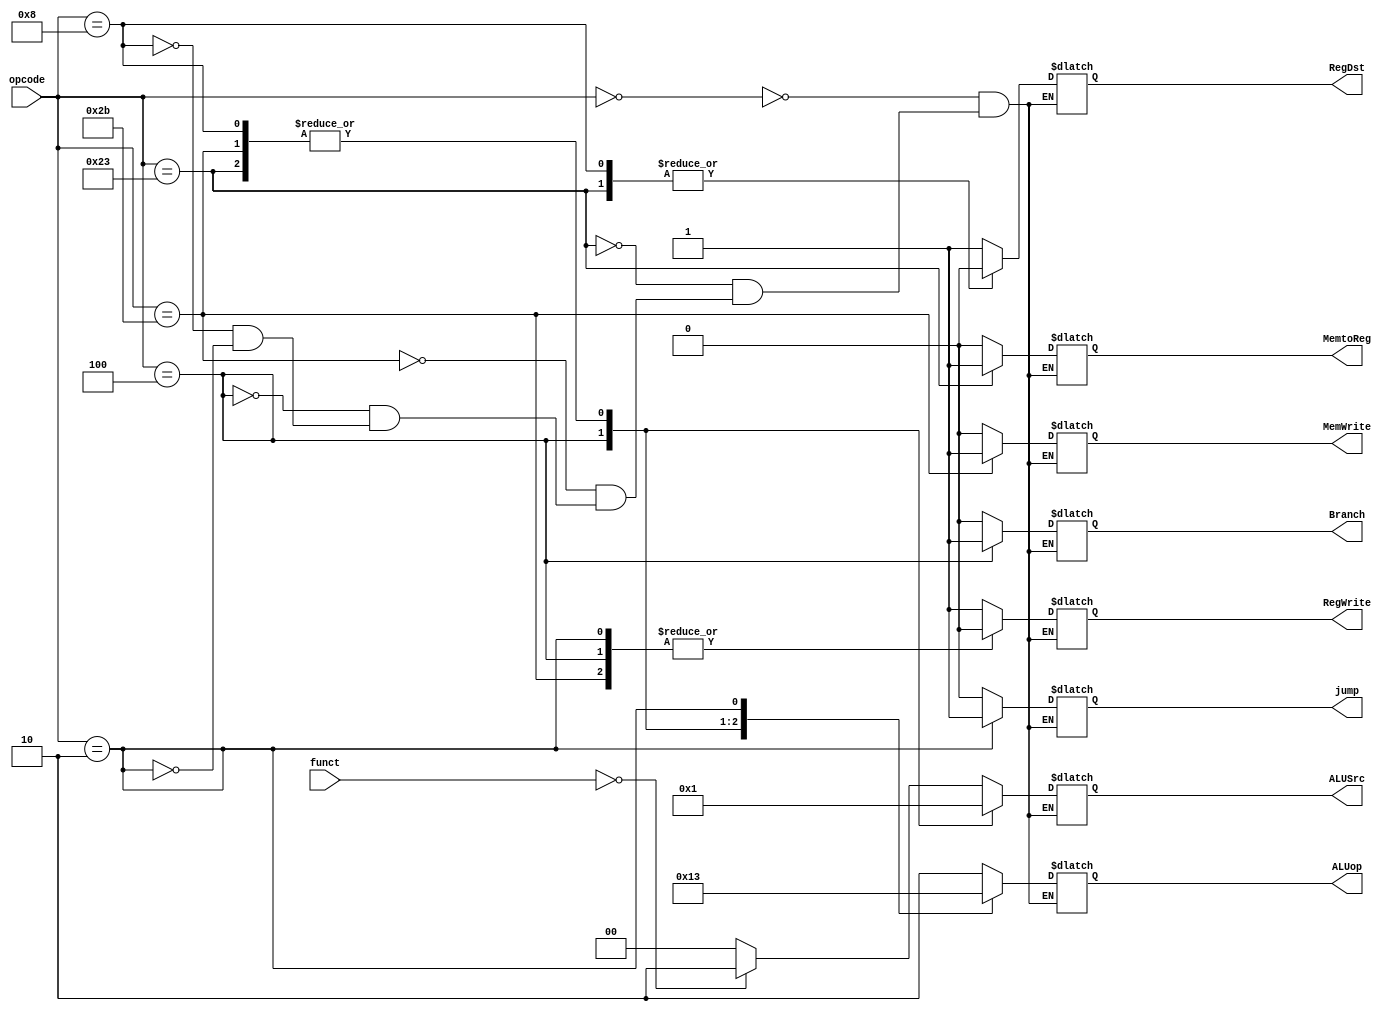
module main_decoder (
input [5:0]opcode ,
input [5:0]funct ,
output reg [1:0]ALUop ,
output reg MemtoReg , MemWrite, Branch, RegDst, RegWrite , jump ,
output reg [1:0]ALUSrc
);

always@(*)
  begin
    case(opcode)
      6'b000000 : begin
                     if(funct == 6'b000000)
                        begin
                          ALUop = 2'b10 ; 
                          MemtoReg = 1'b0 ;
                          MemWrite = 1'b0 ;
                          Branch = 1'b0 ;
                          ALUSrc = 2'b10 ;
                          RegDst = 1'b1 ;
                          RegWrite = 1'b1 ;
                          jump = 1'b0 ;
                        end
                      else
                        begin
                          ALUop = 2'b10 ; 
                          MemtoReg = 1'b0 ;
                          MemWrite = 1'b0 ;
                          Branch = 1'b0 ;
                          ALUSrc = 2'b00 ;
                          RegDst = 1'b1 ;
                          RegWrite = 1'b1 ;
                          jump = 1'b0 ;
                         end
                  end

      6'b100011 : begin      //   load word instruction
                    ALUop = 2'b00 ;
                    MemtoReg = 1'b1 ;
                    MemWrite = 1'b0 ;
                    Branch = 1'b0 ;
                    ALUSrc = 2'b01 ;
                    RegDst = 1'b0 ;
                    RegWrite = 1'b1 ;
                    jump = 1'b0 ;
                  end

      6'b101011 : begin      //   store word instruction
                    ALUop = 2'b00 ;
                    MemtoReg = 1'bx ;
                    MemWrite = 1'b1 ;
                    Branch = 1'b0 ;
                    ALUSrc = 2'b01 ;
                    RegDst = 1'bx ;
                    RegWrite = 1'b0 ;
                    jump = 1'b0 ;
                  end

      6'b000100 : begin     //  beq  instruction
                    ALUop = 2'b01 ;
                    MemtoReg = 1'bx ;
                    MemWrite = 1'b0 ;
                    Branch = 1'b1 ;
                    ALUSrc = 2'b00 ;
                    RegDst = 1'bx ;
                    RegWrite = 1'b0 ;
                    jump = 1'b0 ;
                  end

      6'b001000 : begin     //  addi  instruction
                    ALUop = 2'b00 ;
                    MemtoReg = 1'b0 ;
                    MemWrite = 1'b0 ;
                    Branch = 1'b0 ;
                    ALUSrc = 2'b01 ;
                    RegDst = 1'b0 ;
                    RegWrite = 1'b1 ;
                    jump = 1'b0 ;
                  end

      6'b000010 : begin     //  j  instruction
                    ALUop = 2'b11 ;
                    MemtoReg = 1'bx ;
                    MemWrite = 1'b0 ;
                    Branch = 1'b0 ;
                    ALUSrc = 2'bxx ;
                    RegDst = 1'bx ;
                    RegWrite = 1'b0 ;
                    jump = 1'b1 ;
                  end
    endcase
  end

endmodule